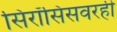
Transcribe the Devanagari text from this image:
सिरॉसिसवरही